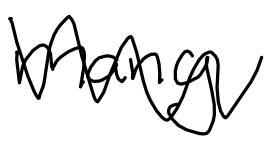
Text: many
Cross-out: zig-zag
Writing tool: digital_black